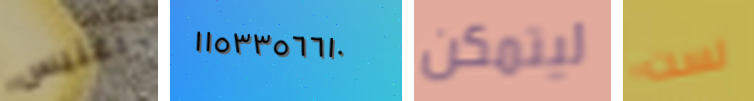
آغنيس ١١٥٣٣٥٦٦١٠ ليتمكن لست